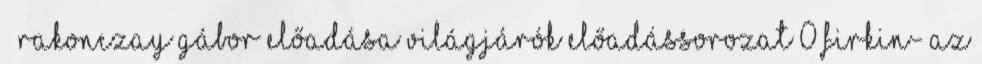
– Rakonczay Gábor előadása Világjárók előadássorozat 0 FIRKIN- Az